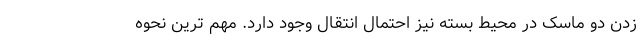
زدن دو ماسک در محیط بسته نیز احتمال انتقال وجود دارد. مهم ترین نحوه